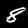
Label: 8